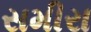
સમીરા